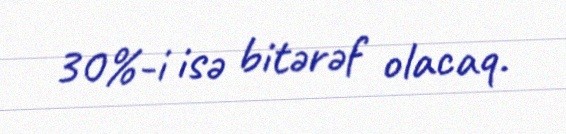
30%-i isə bitərəf olacaq.